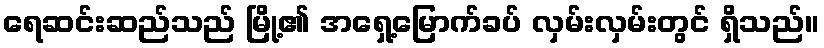
ရေဆင်းဆည်သည် မြို့၏ အရှေ့မြောက်ခပ် လှမ်းလှမ်းတွင် ရှိသည်။